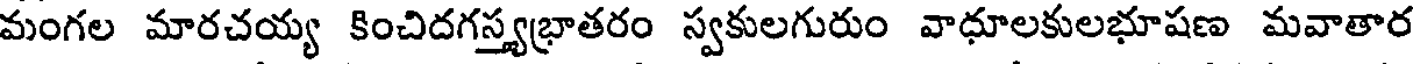
మంగల మారచయ్య కించిదగస్త్యభ్రాతరం స్వకులగురుం వాధూలకులభూషణ మవాతార